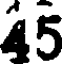
45